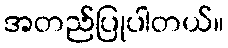
အတည်ပြုပါတယ်။